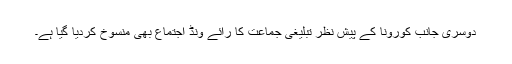
دوسری جانب کورونا کے پیش نظر تبلیغی جماعت کا رائے ونڈ اجتماع بھی منسوخ کردیا گیا ہے۔